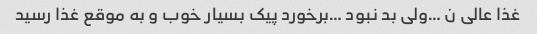
غذا عالی ن …ولی بد نبود …برخورد پیک بسیار خوب و به موقع غذا رسید